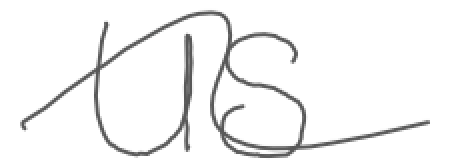
Text: US
Cross-out: wave
Writing tool: digital_gray